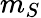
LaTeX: m_{S}